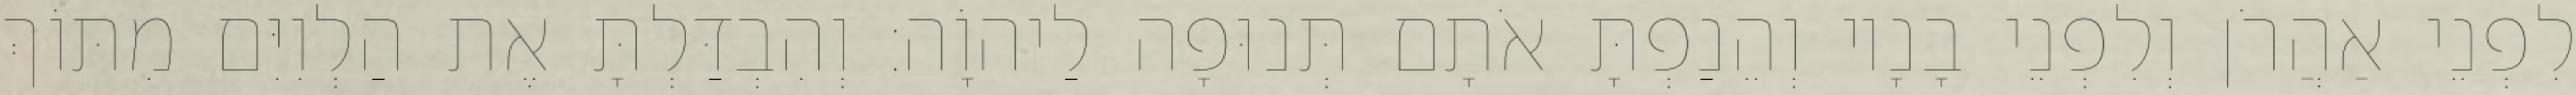
לִפְנֵי אַהֲרֹן וְלִפְנֵי בָנָיו וְהֵנַפְתָּ אֹתָם תְּנוּפָה לַיהוָֹה׃ וְהִבְדַּלְתָּ אֶת הַלְוִיִּם מִתּוֹךְ